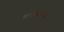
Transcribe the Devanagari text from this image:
मनोनियंत्रित